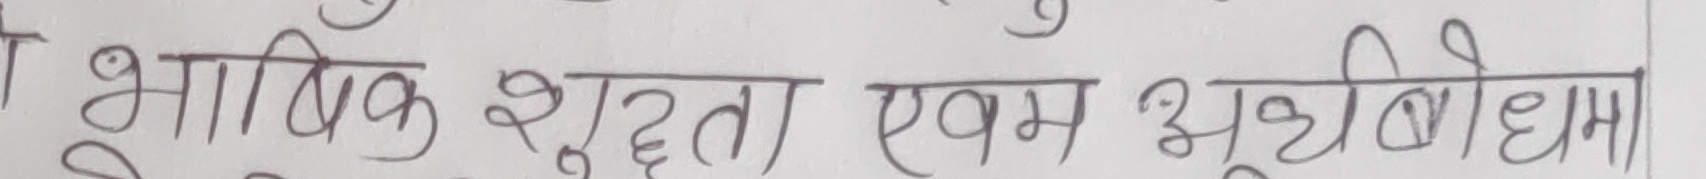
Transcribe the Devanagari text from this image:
त भाविक शुद्धता एवम अनुभूतिबोधमा